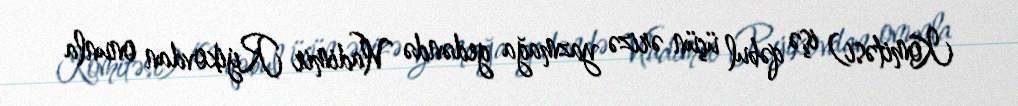
Komitəsi) işə qəbul üçün ərizə yazmağa gedəndə Vladimir Rıjikovdan onunla